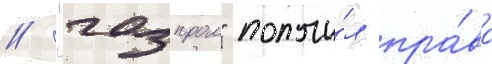
/ "газпром" получи́л пра́во